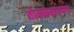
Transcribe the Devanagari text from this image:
ठोकळेबाजपणा